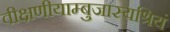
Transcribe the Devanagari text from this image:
वीक्षणीयाम्बुजास्यश्रियं